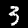
Digit: 3